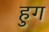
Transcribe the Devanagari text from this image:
हुग